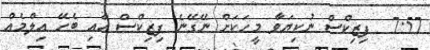
7:57  ފިޒިކްސް ނުކިޔަވާ މީހަކަށް ނޭގޭނެ ފިޒިކްސް އާއި ބެހޭ އިލްމެއް